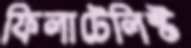
ফিলাটেলিস্ট